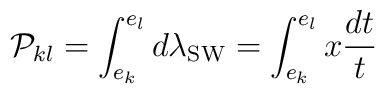
{\cal P}_{kl}=\int_{e_{k}}^{e_{l}}d\lambda_{\rm SW}=\int_{e_{k}}^{e_{l}} x \frac{dt}{t}